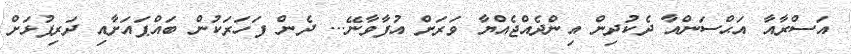
އަސްރާއާ އަޙްސަންއާ ދެކުދިން އިންދެއްޖެއްޔާ ވަރަށް އުފާވާނޭ... ދެން ފަހަރަކުން ބައްޕައަށާއި ދަރިފުޅަށް